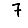
Digit: 7